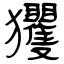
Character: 玃